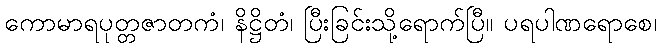
ကောမာရပုတ္တဇာတကံ၊ နိဋ္ဌိတံ၊ ပြီးခြင်းသို့ရောက်ပြီ။ ပရပါဏရောစေ၊